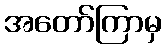
အတော်ကြာမှ